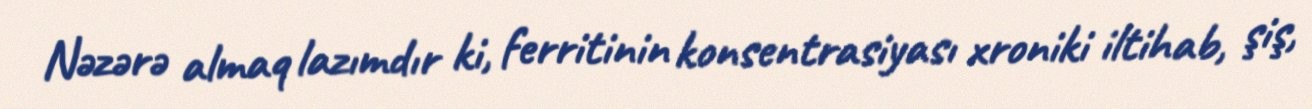
Nəzərə almaq lazımdır ki, ferritinin konsentrasiyası xroniki iltihab, şiş,